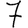
Digit: 7